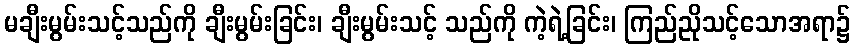
မချီးမွမ်းသင့်သည်ကို ချီးမွမ်းခြင်း၊ ချီးမွမ်းသင့် သည်ကို ကဲ့ရဲ့ခြင်း၊ ကြည်ညိုသင့်သောအရာ၌